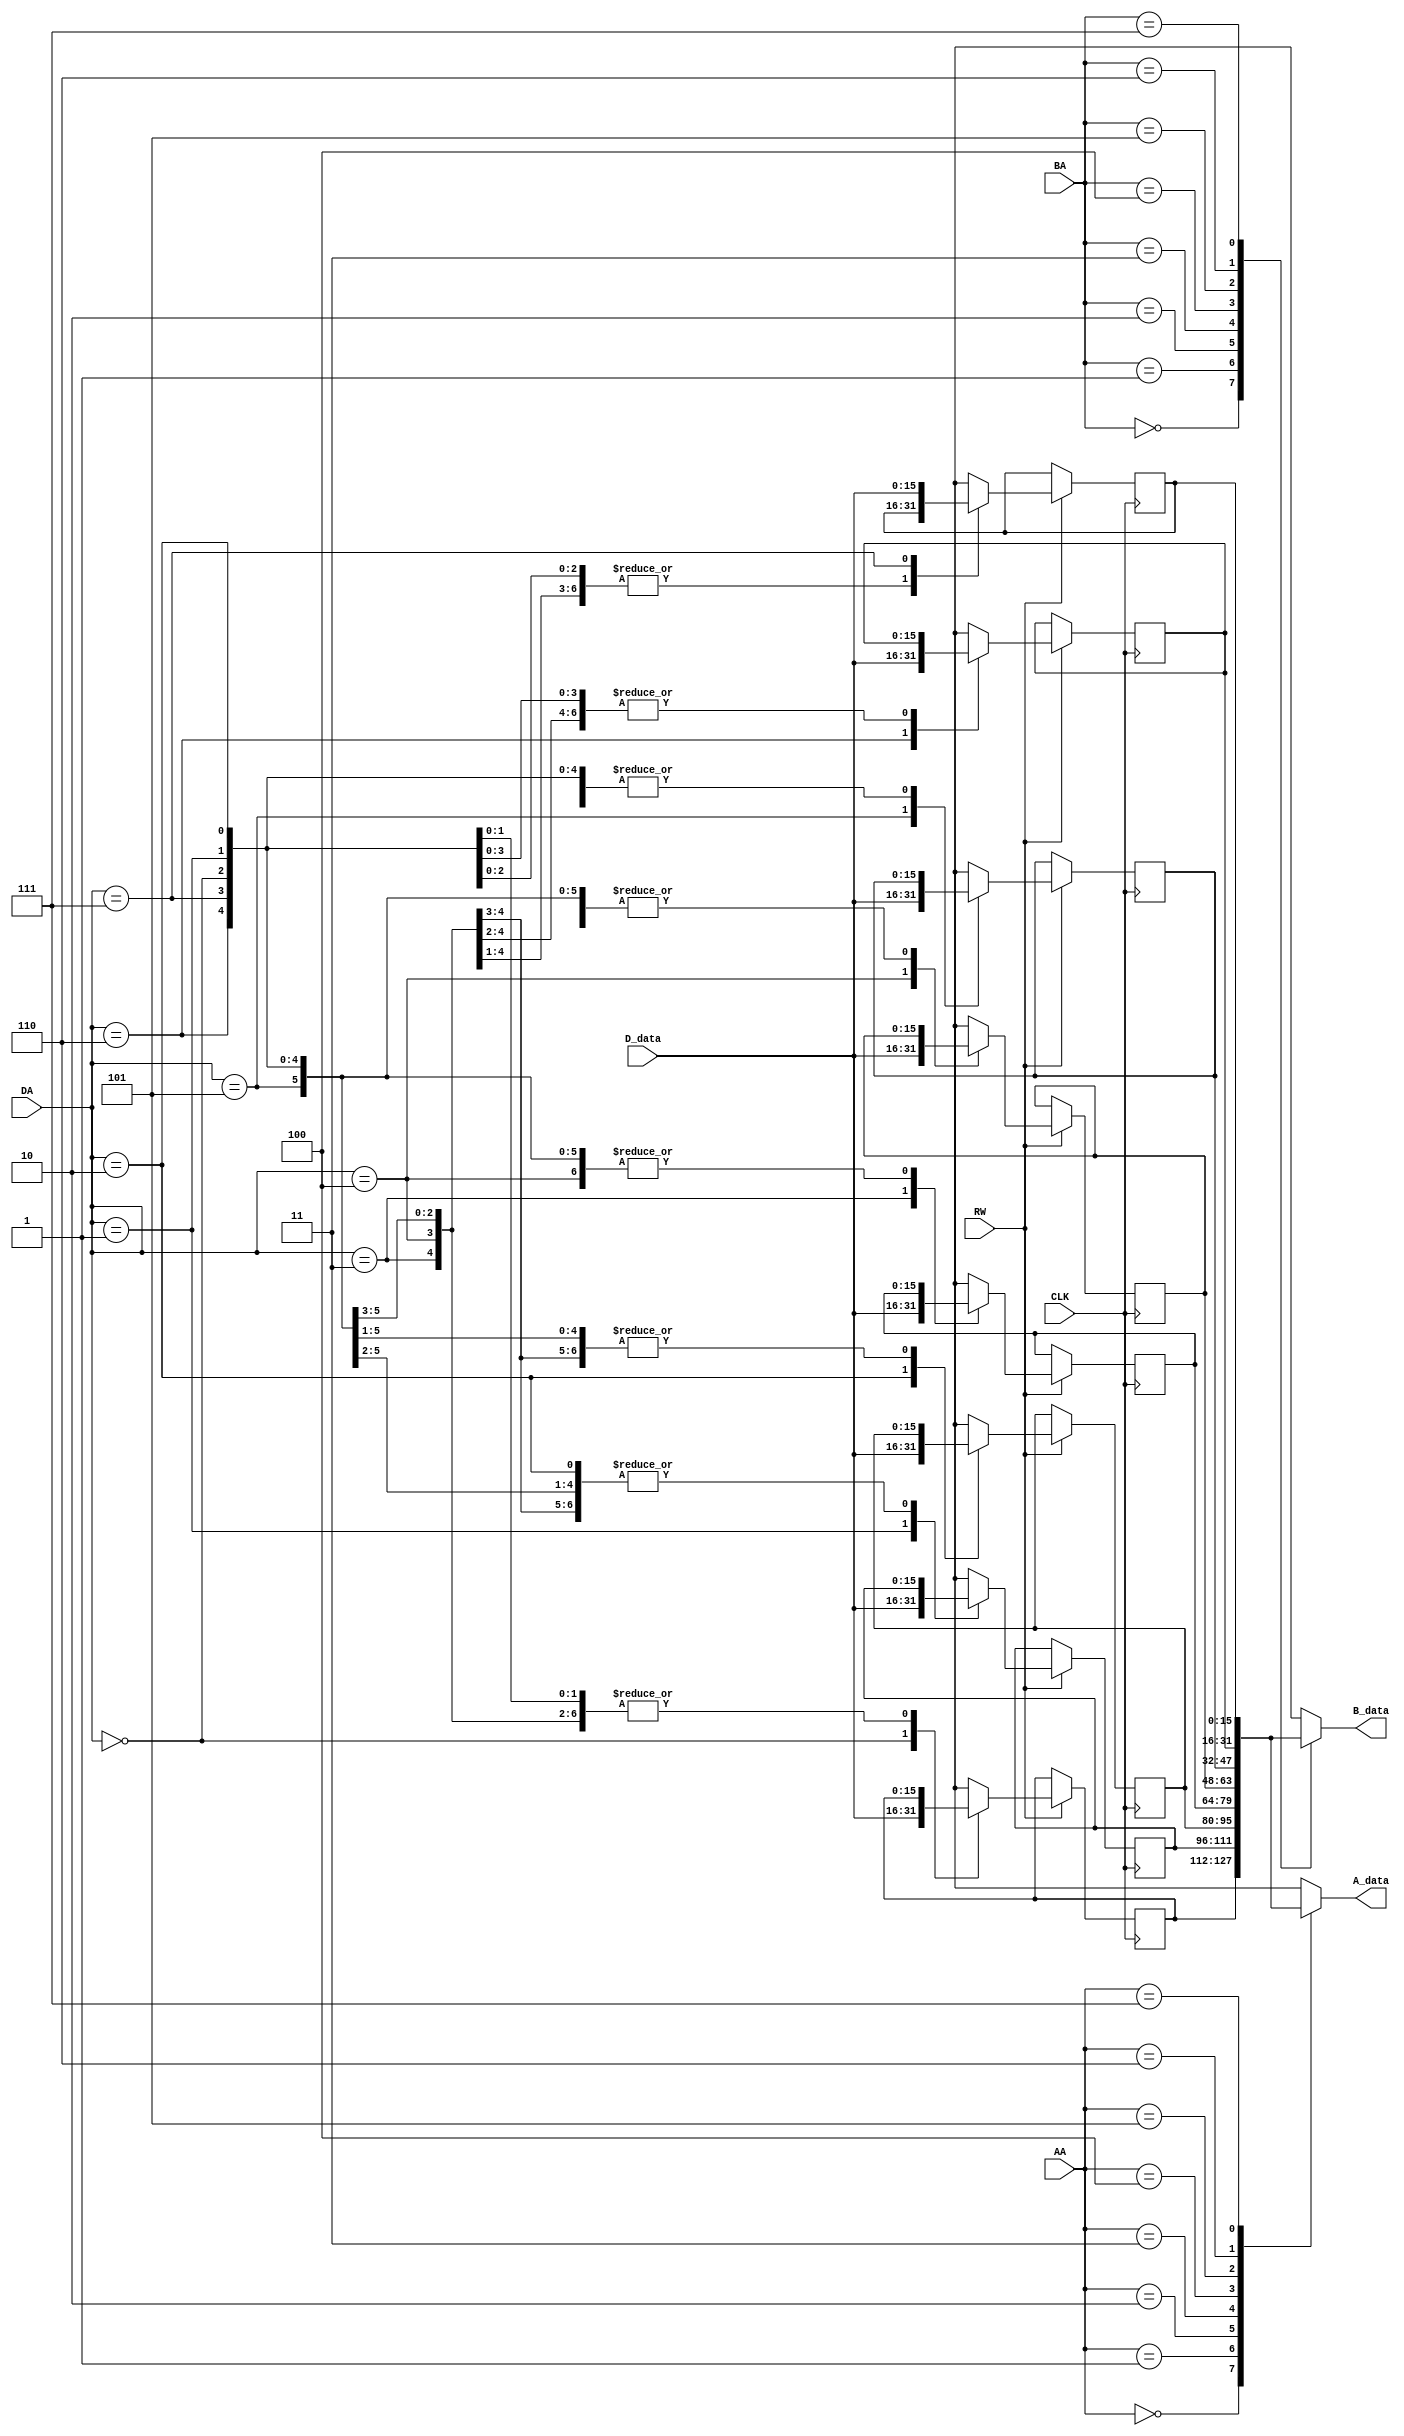
module Datapath_RegisterFile(
	output reg [WORD_WIDTH-1:0] A_data, B_data,
	input [WORD_WIDTH-1:0] D_data,
	input [2:0] AA, BA, DA,
	input RW, CLK
	);

parameter WORD_WIDTH = 16;

reg [WORD_WIDTH-1:0] REGS[7:0];

always@(posedge CLK)
	if(RW)
		case(DA)
			3'b 000 : REGS[0] = D_data;
			3'b 001 : REGS[1] = D_data;
			3'b 010 : REGS[2] = D_data;
			3'b 011 : REGS[3] = D_data;
			3'b 100 : REGS[4] = D_data;
			3'b 101 : REGS[5] = D_data;
			3'b 110 : REGS[6] = D_data;
			3'b 111 : REGS[7] = D_data;
		endcase
		
always@(*)
	begin
		case(AA)
			3'b 000 : A_data = REGS[0];
			3'b 001 : A_data = REGS[1];
			3'b 010 : A_data = REGS[2];
			3'b 011 : A_data = REGS[3];
			3'b 100 : A_data = REGS[4];
			3'b 101 : A_data = REGS[5];
			3'b 110 : A_data = REGS[6];
			3'b 111 : A_data = REGS[7];
		endcase
		
		case(BA)
			3'b 000 : B_data = REGS[0];
			3'b 001 : B_data = REGS[1];
			3'b 010 : B_data = REGS[2];
			3'b 011 : B_data = REGS[3];
			3'b 100 : B_data = REGS[4];
			3'b 101 : B_data = REGS[5];
			3'b 110 : B_data = REGS[6];
			3'b 111 : B_data = REGS[7];
		endcase
	end
	
endmodule